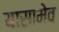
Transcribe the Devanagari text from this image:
यासामेव